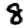
Digit: 8